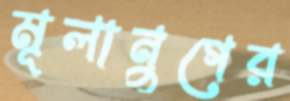
মূলানুগের